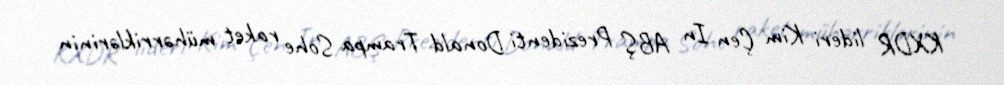
KXDR lideri Kim Çen In ABŞ Prezidenti Donald Trampa Sohe raket mühərriklərinin